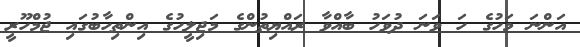
އަންނަ މަހުގެ ހަ ވަނަ ދުވަހު ބާއްވާ ރައްޔިތުންގެ މަޖިލީހުގެ އިންތިހާބުގައި ޖުމްހޫރީ